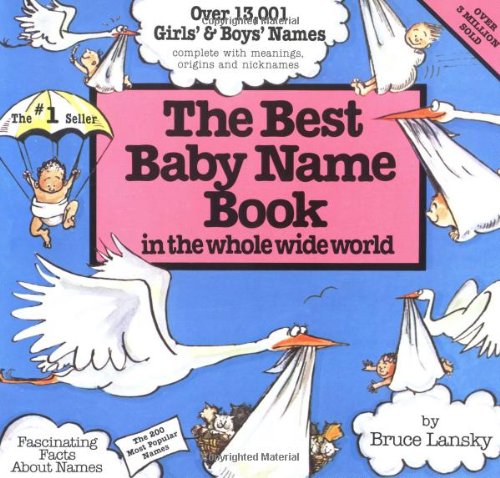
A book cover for Best Baby Name Book In The Whole World; Bruce Lansky; Parenting & Relationships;